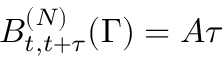
B _ { t , t + \tau } ^ { ( N ) } ( \Gamma ) = A \tau